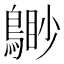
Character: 𪃐